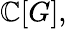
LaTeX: \mathbb{C}[G],